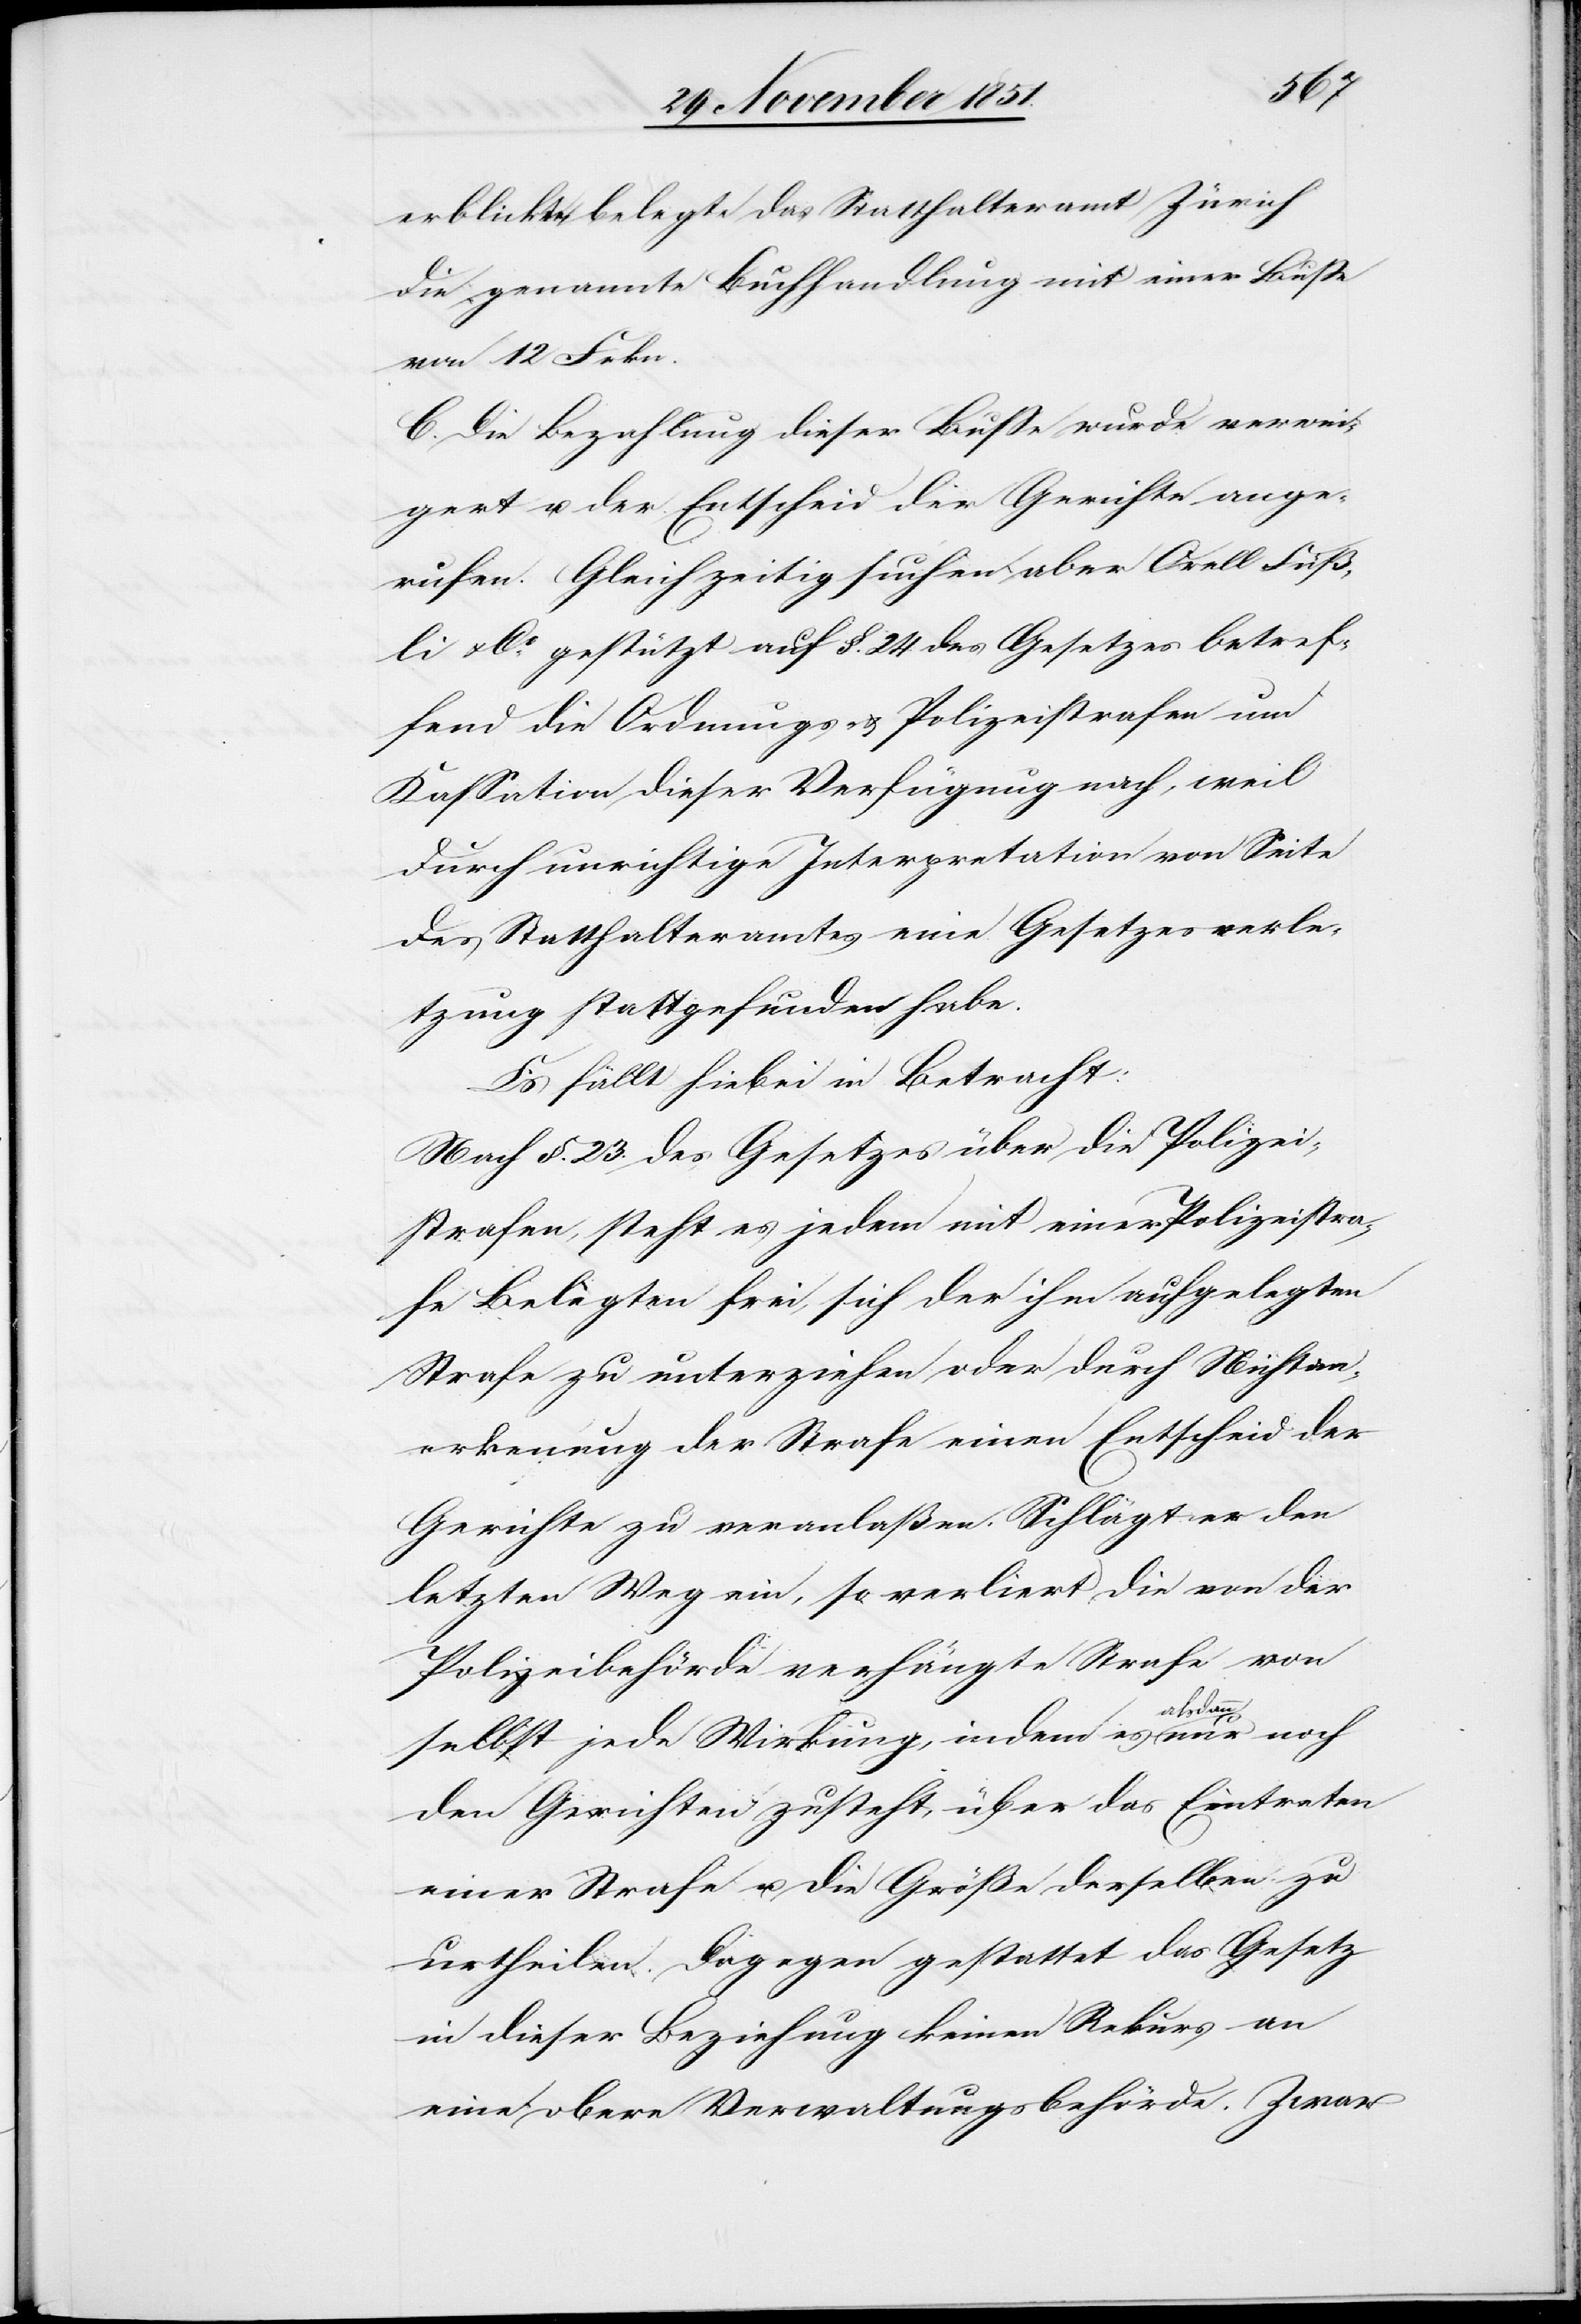
erblickte, belegte das Statthalteramt Zürich
die genannte Buchhandlung mit einer Buße
von 12 Frkn.
C. Die Bezahlung dieser Buße wurde verwei¬
gert u. der Entscheid der Gerichte ange¬
rufen. Gleichzeitig suchen aber Orell Füß¬
li & Co. gestützt auf §. 24 des Gesetzes betref¬
fend die Ordnungs- & Polizeistrafen um
Kassation dieser Verfügung nach, weil
durch unrichtige Interpretation von Seite
des Statthalteramtes eine Gesetzesverle¬
tzung stattgefunden habe.
Es fällt hiebei in Betracht:
Nach §. 23. des Gesetzes über die Polizei¬
strafen, steht es jedem mit einer Polizeistra¬
fe Belegten frei, sich der ihm aufgelegten
Strafe zu unterziehen oder durch Nichtan¬
erkennung der Strafe einen Entscheid der
Gerichte zu veranlaßen. Schlägt er den
letzten Weg ein, so verliert die von der
Polizeibehörde verhängte Strafe von
selbst jede Wirkung, indem es alsdann nur noch
den Gerichten zusteht, über das Eintreten
einer Strafe u. die Größe derselben zu
urtheilen. Dagegen gestattet das Gesetz
in dieser Beziehung keinen Rekurs an
eine obere Verwaltungsbehörde. Zwar